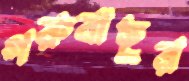
গরুবাছুর